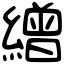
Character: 繒